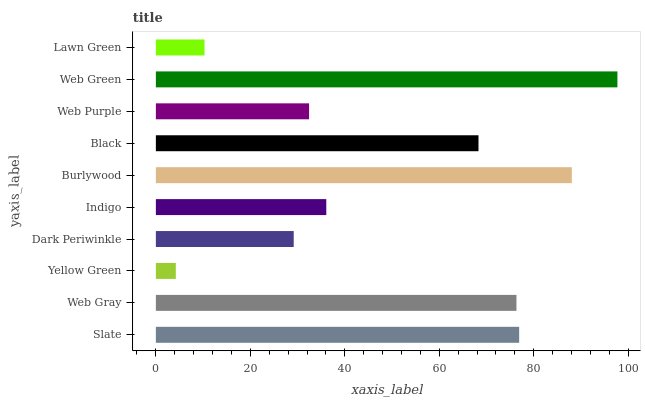
| yaxis_label | bars |
 | --- | --- |
 | Slate | 76.9 |
 | Web Gray | 76.3 |
 | Yellow Green | 4.23 |
 | Dark Periwinkle | 29.2 |
 | Indigo | 36.1 |
 | Burlywood | 88.1 |
 | Black | 68.3 |
 | Web Purple | 32.4 |
 | Web Green | 97.7 |
 | Lawn Green | 10.3 |